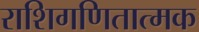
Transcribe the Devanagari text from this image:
राशिगणितात्मक